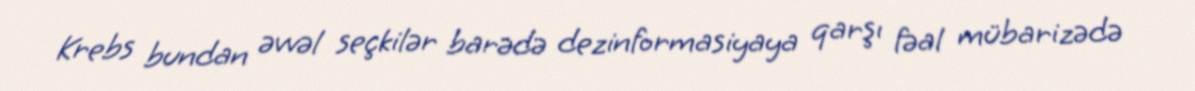
Krebs bundan əvvəl seçkilər barədə dezinformasiyaya qarşı fəal mübarizədə